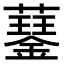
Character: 𧂖